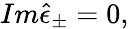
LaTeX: Im\hat{\epsilon}_{\pm}=0,